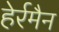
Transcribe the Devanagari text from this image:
हेर्रमैन